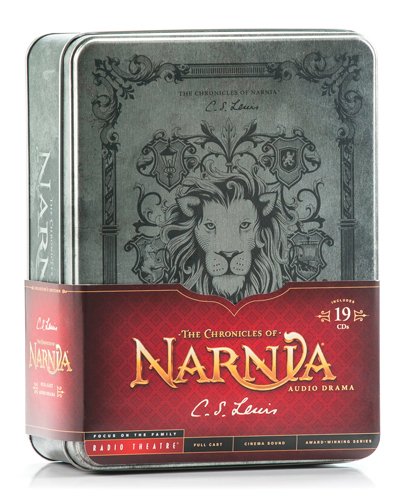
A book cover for The Chronicles of Narnia Collector's Edition (Radio Theatre); C. S. Lewis; Literature & Fiction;